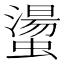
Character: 𧑘